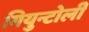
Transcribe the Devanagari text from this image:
गियुन्टोली